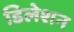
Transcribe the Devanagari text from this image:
डिलेशन